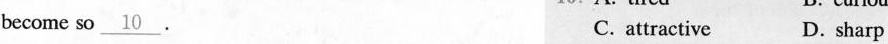
become so\underline{10}. C. attractive D. sharp